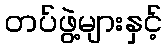
တပ်ဖွဲ့များနှင့်